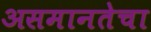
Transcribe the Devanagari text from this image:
असमानतेचा